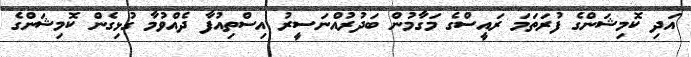
އަދި ކޮމިޝަންގެ ފުރަތަމަ ރައީސްގެ މަގާމުން ބަދުރުއްނަސީރު އިސްތިއުފާ ދެއްވުމާ ގުޅިގެން ކޮމިޝަންގެ